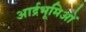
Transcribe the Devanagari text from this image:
आर्द्रभूमिओं